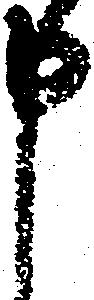
申